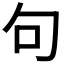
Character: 句